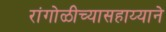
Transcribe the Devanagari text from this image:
रांगोळीच्यासहाय्याने